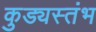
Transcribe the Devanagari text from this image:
कुड्यस्तंभ